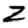
Digit: 2